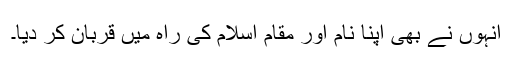
انہوں نے بھی اپنا نام اور مقام اسلام کی راہ میں قربان کر دیا۔